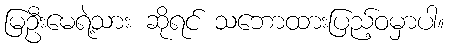
မြဦးမေရဲ့သား ဆိုရင် သဘောထားပြည့်ဝမှာပါ။